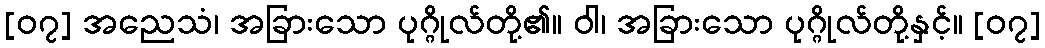
[၀၇] အညေသံ၊ အခြားသော ပုဂ္ဂိုလ်တို့၏။ ဝါ၊ အခြားသော ပုဂ္ဂိုလ်တို့နှင့်။ [၀၇]